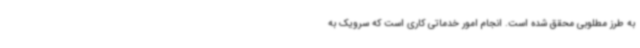
به طرز مطلوبی محقق شده است. انجام امور خدماتی کاری است که سرویک به